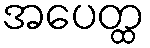
အပေတ္ထ